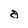
Character: a